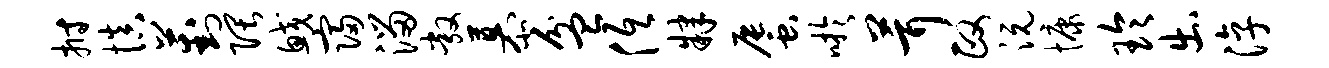
拊慎葑隈鲛寝溜敞慕盆低肄蜃吁茸政沅慷玲出淳